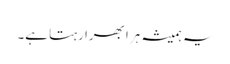
یہ ہمیشہ ہرا بھرا رہتا ہے۔